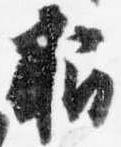
招